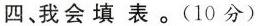
四、我会填表。(10分)